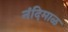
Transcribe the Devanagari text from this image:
नंदिमाळ